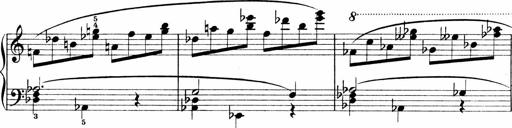
Title: Sonatina No.1
Composer: Otto Stoll
Key: C major